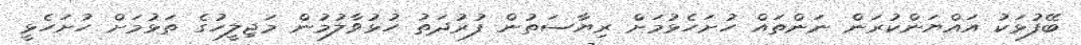
ބޭފުޅަކު އައްޔަންކުރަން ނަންތައް ހުށަހެޅުމަށް ރިޔާސަތުން ފުރުދަތު ހުޅުވާލުމުން މަޖިލީހުގެ ތަޅުމަށް ހުށަހެޅީ